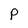
Character: P